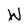
Character: W